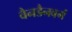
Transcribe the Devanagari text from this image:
वैनडैनबर्ग